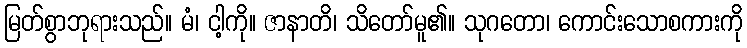
မြတ်စွာဘုရားသည်။ မံ၊ ငါ့ကို။ ဇာနာတိ၊ သိတော်မူ၏။ သုဂတော၊ ကောင်းသောစကားကို